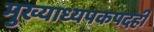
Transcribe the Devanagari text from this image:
मुख्याध्यपकपदही